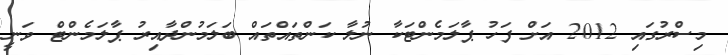
މިސްރުގައި 2012 އަށް ފަހު ޕާލަމެންޓަކާ ނުލާ ކަންތައްތައް ބަލަމުންދާއިރު ޕާލަމެންޓް ވަނީ